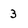
Character: 3